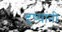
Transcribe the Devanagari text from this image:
दृष्यांनी